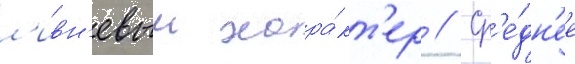
л'ивн'евыи хара́кт'ер // Ср'е́дн'ее